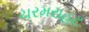
ચરમરાહટ